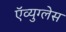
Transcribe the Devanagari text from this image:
ऍव्युग्लेस